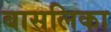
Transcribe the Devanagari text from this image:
बासलिका